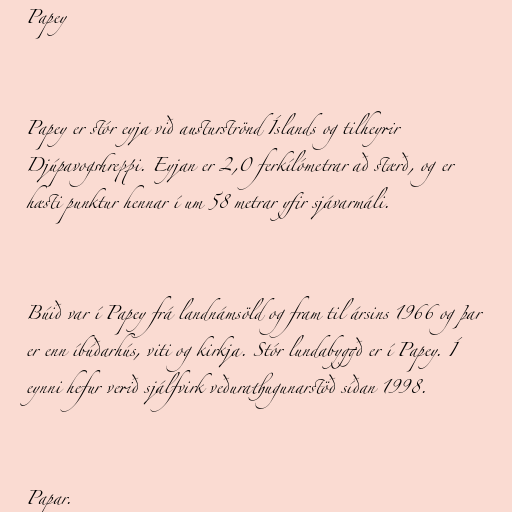
Papey

Papey er stór eyja við austurströnd Íslands og tilheyrir
Djúpavogshreppi. Eyjan er 2,0 ferkílómetrar að stærð, og er
hæsti punktur hennar í um 58 metrar yfir sjávarmáli.

Búið var í Papey frá landnámsöld og fram til ársins 1966 og þar
er enn íbúðarhús, viti og kirkja. Stór lundabyggð er í Papey. Í
eynni hefur verið sjálfvirk veðurathugunarstöð síðan 1998.

Papar.